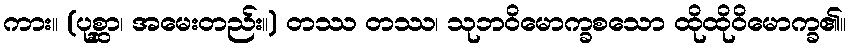
ကား။ (ပုစ္ဆာ၊ အမေးတည်း။) တဿ တဿ၊ သုဘဝိမောက္ခစသော ထိုထိုဝိမောက္ခ၏။